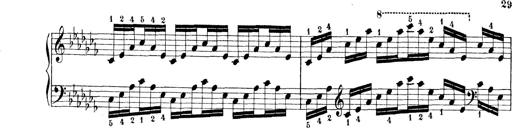
Title: Technische Studien
Composer: Franz Liszt